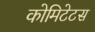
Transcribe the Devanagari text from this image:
कोमिटेटस